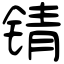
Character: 锖